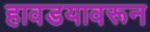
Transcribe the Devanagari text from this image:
हावडयावरून